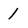
Character: 1